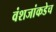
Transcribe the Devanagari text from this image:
वंशजांकडेच